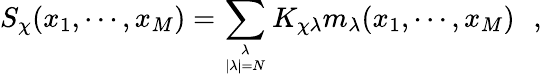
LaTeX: S_{\chi}(x_{1},\cdots,x_{M})=\sum_{\lambda\atop|\lambda|=N}K_{\chi\lambda}m_{\lambda}(x_{1},\cdots,x_{M})\, \, \, \, ,